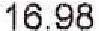
16.98